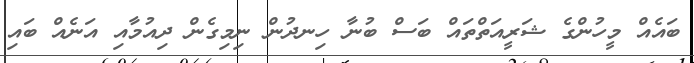
ބައެއް މީހުންގެ ޝަރީއަތްތައް ބަސް ބުނާ ހިނދުން ނިމިގެން ދިއުމާއި އަނެއް ބައި